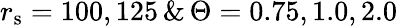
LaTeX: r_{\mathrm{s}}=100,125\, \& \, \Theta=0.75,1.0,2.0